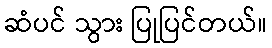
ဆံပင် သွား ပြုပြင်တယ်။